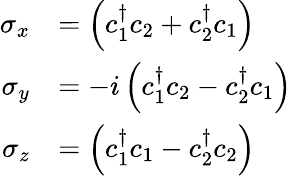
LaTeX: \begin{array}{rl}{\sigma_{x}}&{=\left(c_{1}^{\dagger}c_{2}+c_{2}^{\dagger}c_{1}\right)}\\ {\sigma_{y}}&{=-i\left(c_{1}^{\dagger}c_{2}-c_{2}^{\dagger}c_{1}\right)}\\ {\sigma_{z}}&{=\left(c_{1}^{\dagger}c_{1}-c_{2}^{\dagger}c_{2}\right)}\end{array}